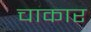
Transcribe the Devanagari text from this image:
चाकार